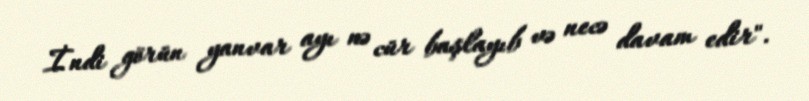
İndi görün yanvar ayı nə cür başlayıb və necə davam edir".